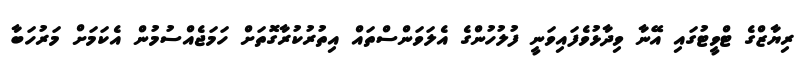
ރިޔާޒްގެ ޓްވީޓުގައި އޭނާ ވިދާޅުވެފައިވަނީ ފުލުހުންގެ އެލަވަންސްތައް އިތުރުކުރާގޮތަށް ހަމަޖެއްސުމުން އެކަމަށް މަރުހަބާ